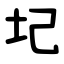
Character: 圮